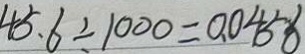
4 5 . 6 \div 1 0 0 0 = 0 . 0 4 5 8